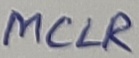
Text: MCLR